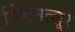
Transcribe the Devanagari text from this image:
सिंगनल्लूर